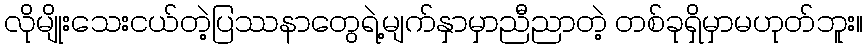
လိုမျိုးသေးငယ်တဲ့ပြဿနာတွေရဲ့မျက်နှာမှာညီညာတဲ့ တစ်ခုရှိမှာမဟုတ်ဘူး။